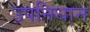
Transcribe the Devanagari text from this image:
उपनिधान